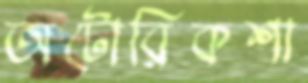
অটোরিকশা